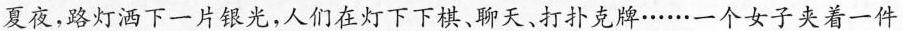
夏夜，路灯洒下一片银光，人们在灯下下棋、聊天、打扑克牌… …一个女子夹着一件